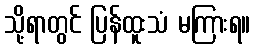
သို့ရာတွင် ပြန်ထူးသံ မကြားရ။